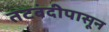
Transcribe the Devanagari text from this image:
तटबंदीपासून